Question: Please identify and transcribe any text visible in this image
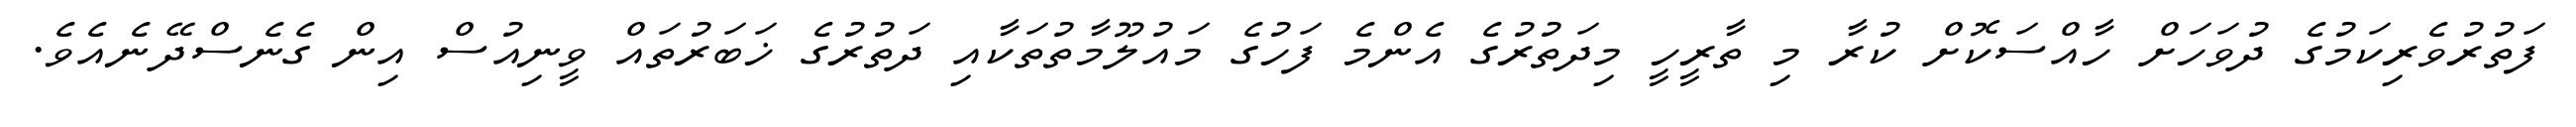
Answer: ފަތުރުވެރިކަމުގެ ދުވަހަށް ހާއްސަކޮށް ކުރާ މި ތާރީހީ މިދަތުރުގެ އެންމެ ފަހުގެ މައުލޫމާތުތަކާއި ދަތުރުގެ ޚަބަރުތައް ވީނިއުސް އިން ގެނެސްދޭނެއެވެ.